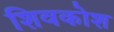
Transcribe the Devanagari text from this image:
शिवकोश